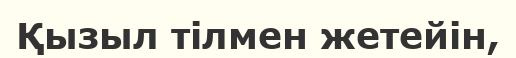
Қызыл тілмен жетейін,